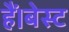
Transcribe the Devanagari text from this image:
हैं।बेस्ट